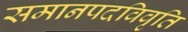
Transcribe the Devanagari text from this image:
समानपदविवृति